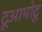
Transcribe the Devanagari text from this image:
टूआमोटू